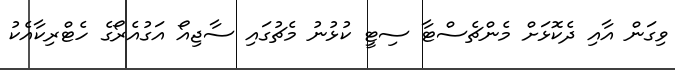
ވިގަން އާއި ދެކޮޅަށް މެންޗެސްޓާ ސިޓީ ކުޅުނު މެޗުގައި ސާޖިއޯ އަގުއެރޯގެ ހެޓްރިކާއެކު